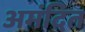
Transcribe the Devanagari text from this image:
अमंदित